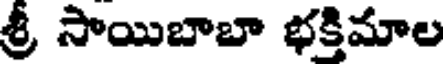
శ్రీ సాయిబాబా భక్తిమాల